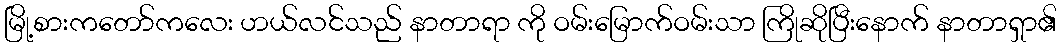
မြို့စားကတော်ကလေး ဟယ်လင်သည် နာတာရာ ကို ဝမ်းမြောက်ဝမ်းသာ ကြိုဆိုပြီးနောက် နာတာရှာ၏